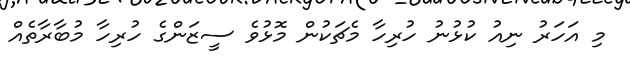
މި އަހަރު ނިއު ކުޅުނު ހުރިހާ މެޗަކުން މޮޅުވެ ސީޒަންގެ ހުރިހާ މުބާރާތެއް